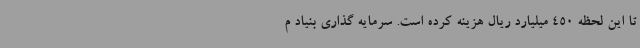
تا این لحظه 450 میلیارد ریال هزینه کرده است. سرمایه گذاری بنیاد م